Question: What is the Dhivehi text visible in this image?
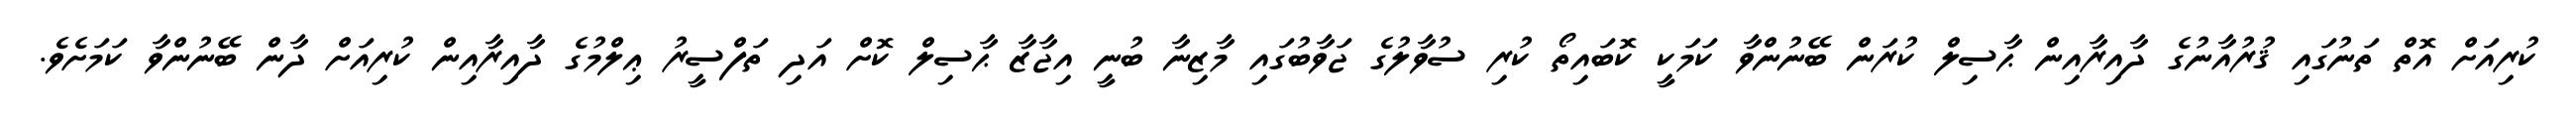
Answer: ކުރިއަށް އޮތް ތަނުގައި ޤުރުއާނުގެ ދާއިރާއިން ޙާސިލް ކުރަން ބޭނުންވާ ކަމަކީ ކޮބައިތޯ ކުރި ސުވާލުގެ ޖަވާބުގައި މާޒިނާ ބުނީ އިޖާޒާ ޙާސިލް ކޮށް އަދި ތަފްސީރު ޢިލްމުގެ ދާއިރާއިން ކުރިއަށް ދާން ބޭނުންވާ ކަމަށެވެ.